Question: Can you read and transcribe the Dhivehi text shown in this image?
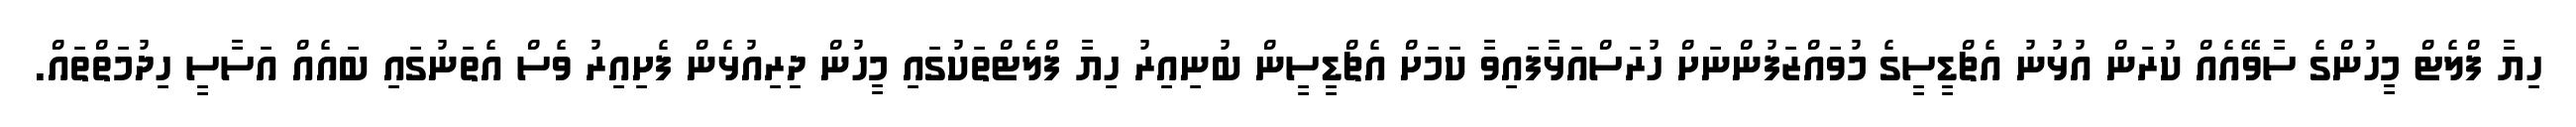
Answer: ހިޔާ ފްލެޓް މީހުންގެ ސާވޭއެއް ކުރަން އުޅުނު އެޗްޑީސީގެ މުވައްޒަފުންނަށް ހުރަސްއަޅާފައިވާ ކަމަށް އެޗްޑީސީން ބުނިއިރު ހިޔާ ފްލެޓްތަކުގައި މީހުން ދިރިއުޅެން ފެށިއިރު ވެސް އެތަނުގައި ބައެއް އަސާސީ ހިދުމަތްތައް.